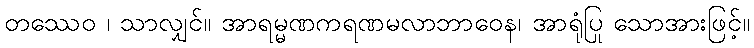
တဿေဝ ၊ သာလျှင်။ အာရမ္မဏကရဏမလာဘာဝေန၊ အာရုံပြု သောအားဖြင့်။